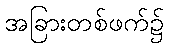
အခြားတစ်ဖက်၌